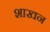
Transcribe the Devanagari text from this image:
शाखन